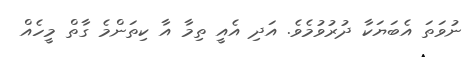
ނުވަތަ އެބަޔަކާ ދުރުވުމެވެ. އަދި އެއީ ތިމާ އާ ކިތަންމެ ގާތް މީހެއް